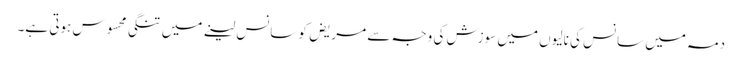
دمہ میں سانس کی نالیوں میں سوزش کی وجہ سے مریض کو سانس لینے میں تنگی محسوس ہوتی ہے۔